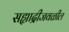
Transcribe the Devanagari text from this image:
सह्याद्रीजवळील